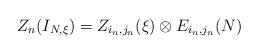
LaTeX: \begin{align*}Z_n(I_{N, \xi}) = Z_{i_n, j_n} (\xi) \otimes E_{i_n, j_n}(N)\end{align*}